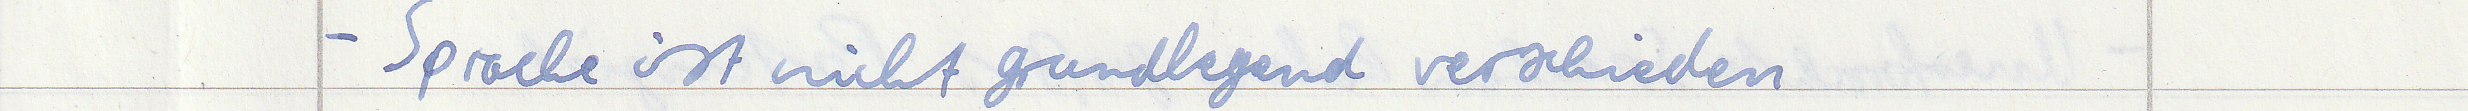
- Sprache ist nicht grundlegend verschieden